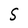
Character: S